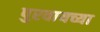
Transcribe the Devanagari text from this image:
पुरवायच्या